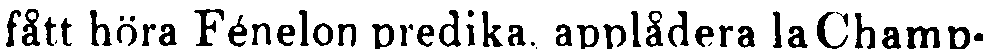
fått höra Fénelon predika, applådera la Champ-